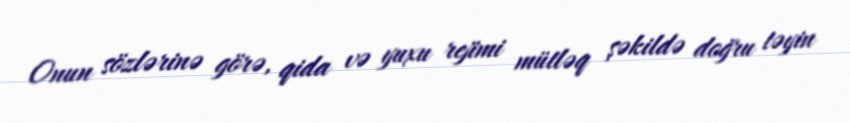
Onun sözlərinə görə, qida və yuxu rejimi mütləq şəkildə doğru təyin